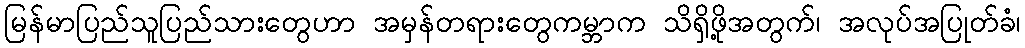
မြန်မာပြည်သူပြည်သားတွေဟာ အမှန်တရားတွေကမ္ဘာက သိရှိဖို့အတွက်၊ အလုပ်အပြုတ်ခံ၊